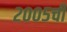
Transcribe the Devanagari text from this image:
२००५ची